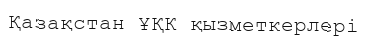
Қазақстан ҰҚК қызметкерлері